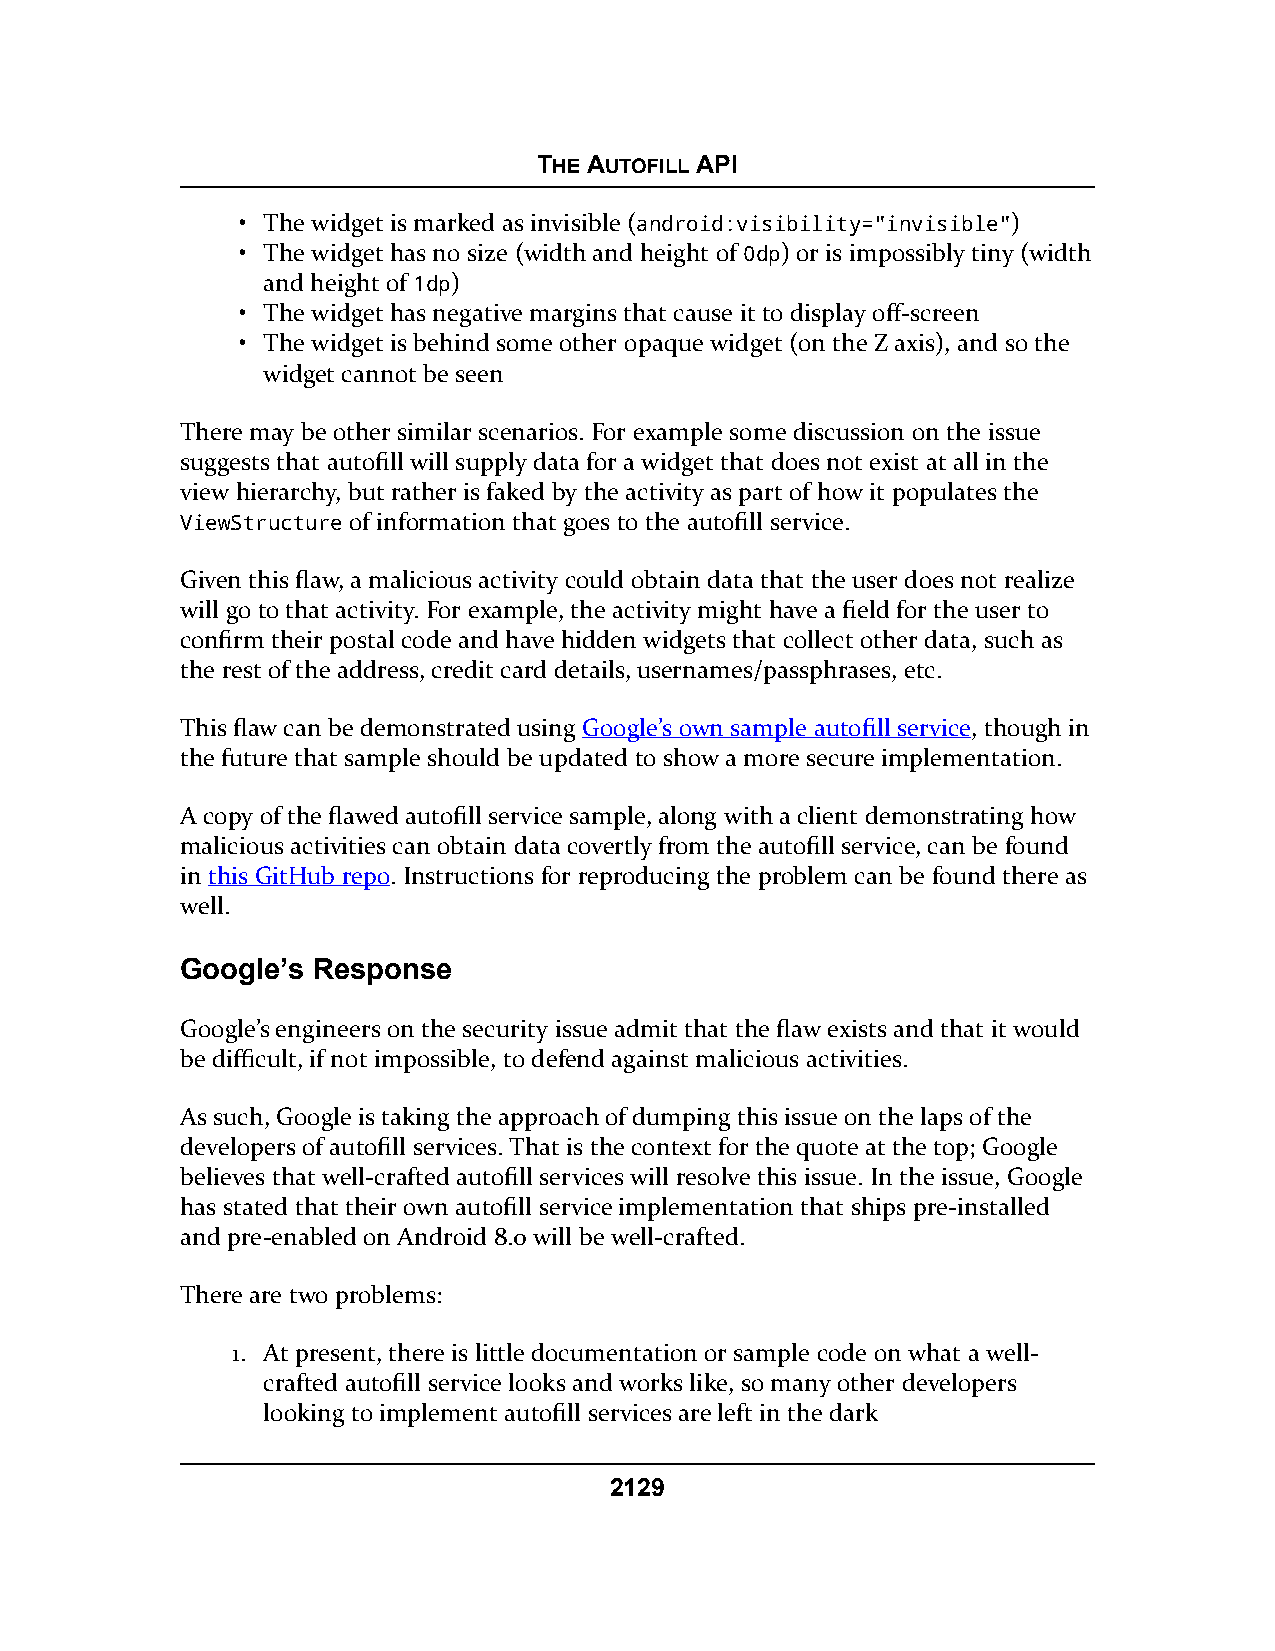
THE AUTOFILL API
 • The widget is marked as invisible (android:visibility="invisible")
 • The widget has no size (width and height of 0dp) or is impossibly tiny (width
 and height of 1dp)
 • The widget has negative margins that cause it to display off-screen
 • The widget is behind some other opaque widget (on the Z axis), and so the
 widget cannot be seen
 There may be other similar scenarios. For example some discussion on the issue
 suggests that autofill will supply data for a widget that does not exist at all in the
 view hierarchy, but rather is faked by the activity as part of how it populates the
 ViewStructure of information that goes to the autofill service.
 Given this flaw, a malicious activity could obtain data that the user does not realize
 will go to that activity. For example, the activity might have a field for the user to
 confirm their postal code and have hidden widgets that collect other data, such as
 the rest of the address, credit card details, usernames/passphrases, etc.
 This flaw can be demonstrated using Google’s own sample autofill service, though in
 the future that sample should be updated to show a more secure implementation.
 A copy of the flawed autofill service sample, along with a client demonstrating how
 malicious activities can obtain data covertly from the autofill service, can be found
 in this GitHub repo. Instructions for reproducing the problem can be found there as
 well.
 Google’s Response
 Google’s engineers on the security issue admit that the flaw exists and that it would
 be difficult, if not impossible, to defend against malicious activities.
 As such, Google is taking the approach of dumping this issue on the laps of the
 developers of autofill services. That is the context for the quote at the top; Google
 believes that well-crafted autofill services will resolve this issue. In the issue, Google
 has stated that their own autofill service implementation that ships pre-installed
 and pre-enabled on Android 8.0 will be well-crafted.
 There are two problems:
 1. At present, there is little documentation or sample code on what a well-
 crafted autofill service looks and works like, so many other developers
 looking to implement autofill services are left in the dark
 2129